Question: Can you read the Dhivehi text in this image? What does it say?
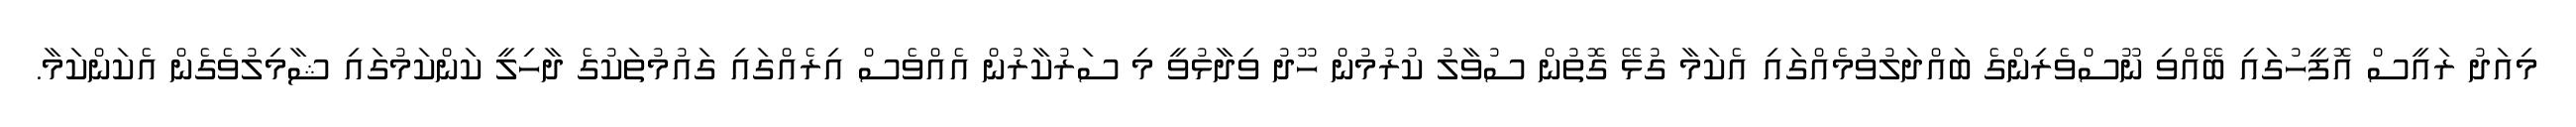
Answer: މިއަދު ރައީސް އޮފީހުގައި ބޭއްވި ނޫސްވެރިންގެ ބައްދަލުވުމެއްގައި އެކަމާ ގުޅޭ ގޮތުން ސުވާލު ކުރުމުން ހޫދު ވިދާޅުވީ މި ސަރުކާރުން އެއްވެސް އިރެއްގައި ގައުމުތަކުގެ ދާހިލީ ކަންކަމުގައި ޝާމިލުވެގެން އެކަންކަމާ.